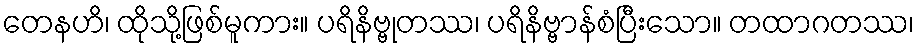
တေနဟိ၊ ထိုသို့ဖြစ်မူကား။ ပရိနိဗ္ဗုတဿ၊ ပရိနိဗ္ဗာန်စံပြီးသော။ တထာဂတဿ၊